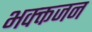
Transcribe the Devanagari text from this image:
भक्क्तजन